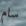
سام